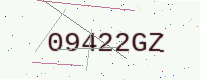
Text: 09422GZ